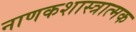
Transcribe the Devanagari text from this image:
नाणकशास्त्रात्मक